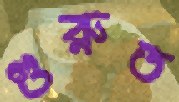
গুরুত